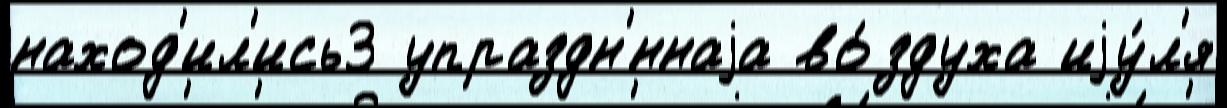
наход'ил'ись3 упраздн'́ннаjа во́здуха иjу́л'я